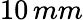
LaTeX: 10\, mm